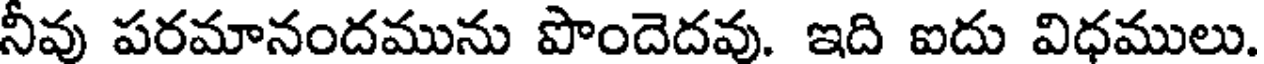
నీవు పరమానందమును పొందెదవు. ఇది ఐదు విధములు.